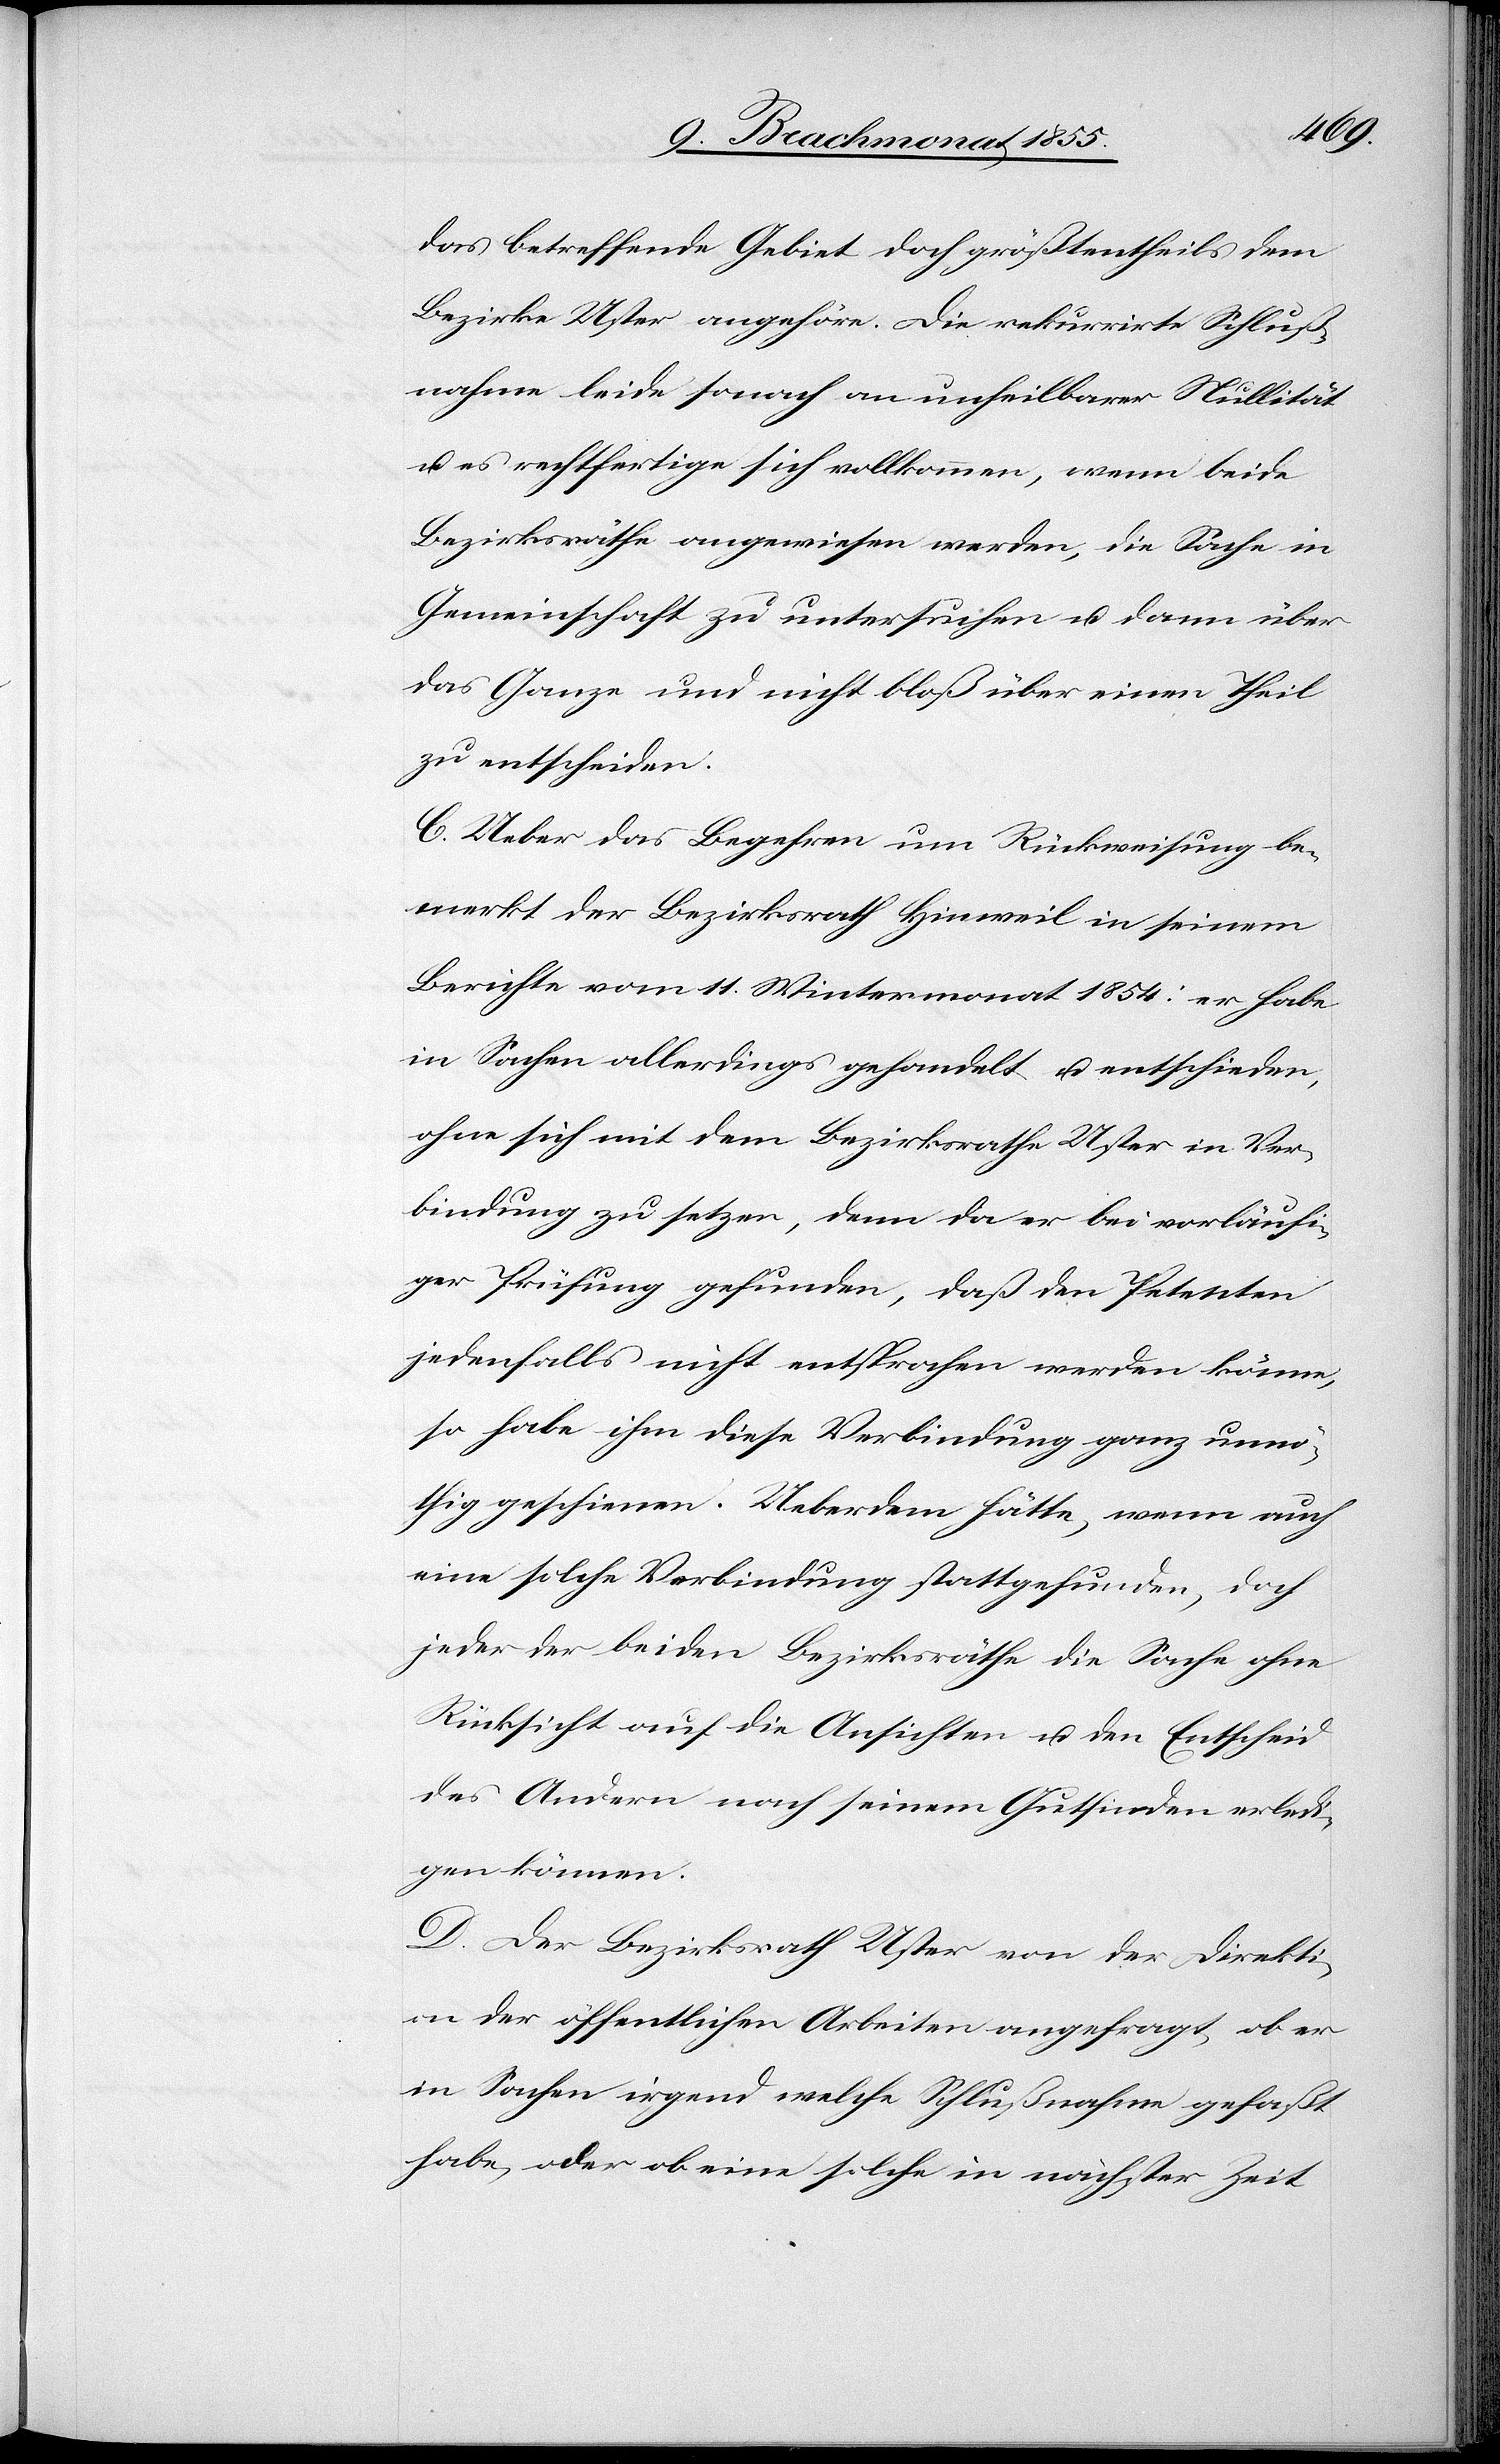
das betreffende Gebiet doch größtentheils dem
Bezirke Uster angehöre. Die rekurrirte Schluß¬
nahme leide sonach an unheilbarer Nullität
u. es rechtfertige sich vollkommen, wenn beide
Bezirksräthe angewiesen werden, die Sache in
Gemeinschaft zu untersuchen u. dann über
das Ganze und nicht bloß über einen Theil
zu entscheiden.
C. Ueber das Begehren um Rückweisung be¬
merkt der Bezirksrath Hinweil in seinem
Berichte vom 11. Wintermonat 1854: er habe
in Sachen allerdings gehandelt u. entschieden,
ohne sich mit dem Bezirksrathe Uster in Ver¬
bindung zu setzen, denn da er bei vorläufi¬
ger Prüfung gefunden, daß den Petenten
jedenfalls nicht entsprochen werden könne,
so habe ihm diese Verbindung ganz unnö¬
thig geschienen. Ueberdem hätte, wenn auch
eine solche Verbindung stattgefunden, doch
jeder der beiden Bezirksräthe die Sache ohne
Rücksicht auf die Ansichten u. den Entscheid
des Andern nach seinem Gutfinden erledi¬
gen können.
D. Der Bezirksrath Uster von der Direkti¬
on der öffentlichen Arbeiten angefragt, ob er
in Sachen irgend welche Schlußnahme gefaßt
habe, oder ob eine solche in nächster Zeit